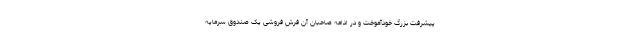
پیشرفت بزرگ خودآموخت و در ادامه صاحبان آن فرش فروشی یک صندوق سرمایه